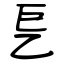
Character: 乬